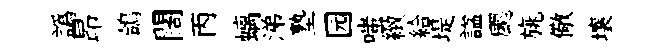
譌昂鴿闊丙螭涕塾园嗤緻給堤諡颸旐儆壤